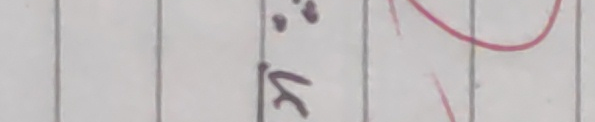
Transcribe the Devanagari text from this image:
ले